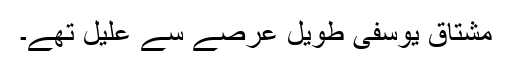
مشتاق یوسفی طویل عرصے سے علیل تھے۔